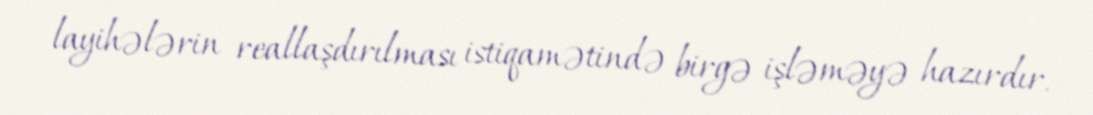
layihələrin reallaşdırılması istiqamətində birgə işləməyə hazırdır.